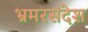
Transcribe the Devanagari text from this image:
भ्रमरसंदेश